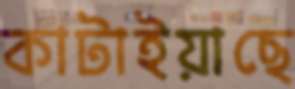
কাটাইয়াছে